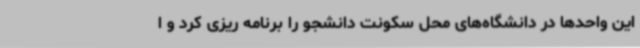
این واحدها در دانشگاه‌های محل سکونت دانشجو را برنامه ریزی کرد و ا